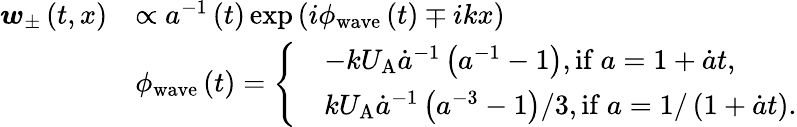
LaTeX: \begin{array}{rl}{\boldsymbol{w}_{\pm}\left(t,x\right)}&{\propto a^{-1}\left(t\right)\exp\left(i\phi_{\mathrm{wave}}\left(t\right)\mp ikx\right)}\\ &{\phi_{\mathrm{wave}}\left(t\right)=\left\{ \begin{array}{rl}&{-kU_{\mathrm{A}}\dot{a}^{-1}\left(a^{-1}-1\right),\mathrm{if~}a=1+\dot{a}t,}\\ &{kU_{\mathrm{A}}\dot{a}^{-1}\left(a^{-3}-1\right)/3,\mathrm{if~}a=1/\left(1+\dot{a}t\right).}\end{array}\right.}\end{array}